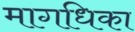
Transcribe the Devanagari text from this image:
मागधिका